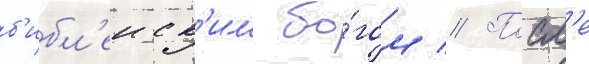
б'ибл'еиск'им бо́гом // Посл'е